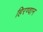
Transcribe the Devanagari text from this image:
हिरण्वान